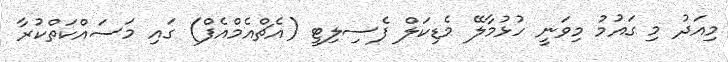
މިއަދު މި ގައުމު މިވަނީ ހުޅުމާލޭ މެޑިކަލް ފެސިލިޓީ (އެޗްއެމްއެފް) ގައި މަސައްކަތްކުރާ